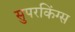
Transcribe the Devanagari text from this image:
सुपरकिंग्स